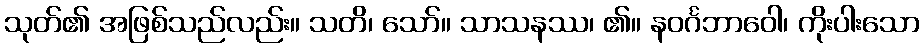
သုတ်၏ အဖြစ်သည်လည်း။ သတိ၊ သော်။ သာသနဿ၊ ၏။ နဝင်္ဂဘာဝေါ၊ ကိုးပါးသော